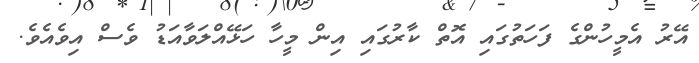
އޭރު އެމީހުންގެ ފަހަތުގައި އޮތް ކާރުގައި އިން މީހާ ހަޅޭއްލަވާއަޑު ވެސް އިވެއެވެ.